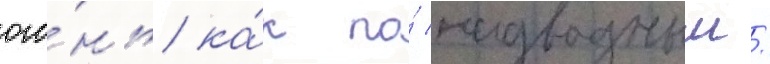
ого́нь ка́к по́ надводным/